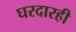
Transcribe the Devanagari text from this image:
घरदारही